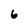
Character: 6